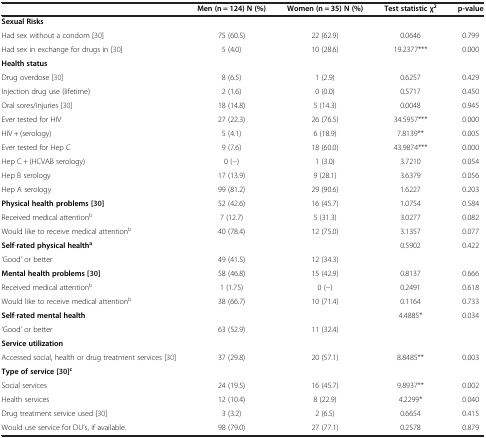
<table><thead><tr><td></td><td><b>Men(n = 124)N (%)</b></td><td><b>Women(n = 35)N (%)</b></td><td><b>Test statistic χ<sup>2</sup></b></td><td><b>p-value</b></td></tr></thead><tbody><tr><td><b>Sexual Risks</b></td><td></td><td></td><td></td><td></td></tr><tr><td>Had sex without a condom [30]</td><td>75 (60.5)</td><td>22 (62.9)</td><td>0.0646</td><td>0.799</td></tr><tr><td>Had sex in exchange for drugs in [30]</td><td>5 (4.0)</td><td>10 (28.6)</td><td>19.2377***</td><td>0.000</td></tr><tr><td><b>Health status</b></td><td></td><td></td><td></td><td></td></tr><tr><td>Drug overdose [30]</td><td>8 (6.5)</td><td>1 (2.9)</td><td>0.6257</td><td>0.429</td></tr><tr><td>Injection drug use (lifetime)</td><td>2 (1.6)</td><td>0 (0.0)</td><td>0.5717</td><td>0.450</td></tr><tr><td>Oral sores/injuries [30]</td><td>18 (14.8)</td><td>5 (14.3)</td><td>0.0048</td><td>0.945</td></tr><tr><td>Ever tested for HIV</td><td>27 (22.3)</td><td>26 (76.5)</td><td>34.5957***</td><td>0.000</td></tr><tr><td>HIV + (serology)</td><td>5 (4.1)</td><td>6 (18.9)</td><td>7.8139**</td><td>0.005</td></tr><tr><td>Ever tested for Hep C</td><td>9 (7.6)</td><td>18 (60.0)</td><td>43.9874***</td><td>0.000</td></tr><tr><td>Hep C + (HCVAB serology)</td><td>0 (−)</td><td>1 (3.0)</td><td>3.7210</td><td>0.054</td></tr><tr><td>Hep B serology</td><td>17 (13.9)</td><td>9 (28.1)</td><td>3.6379</td><td>0.056</td></tr><tr><td>Hep A serology</td><td>99 (81.2)</td><td>29 (90.6)</td><td>1.6227</td><td>0.203</td></tr><tr><td><b>Physical health problems [</b>30<b>]</b></td><td>52 (42.6)</td><td>16 (45.7)</td><td>1.0754</td><td>0.584</td></tr><tr><td>Received medical attention<sup>b</sup></td><td>7 (12.7)</td><td>5 (31.3)</td><td>3.0277</td><td>0.082</td></tr><tr><td>Would like to receive medical attention<sup>b</sup></td><td>40 (78.4)</td><td>12 (75.0)</td><td>3.1357</td><td>0.077</td></tr><tr><td><b>Self</b>-<b>rated physical health</b><sup><b>a</b></sup></td><td></td><td></td><td>0.5902</td><td>0.422</td></tr><tr><td>‘Good’ or better</td><td>49 (41.5)</td><td>12 (34.3)</td><td></td><td></td></tr><tr><td><b>Mental health problems [</b>30<b>]</b></td><td>58 (46.8)</td><td>15 (42.9)</td><td>0.8137</td><td>0.666</td></tr><tr><td>Received medical attention<sup>b</sup></td><td>1 (1.75)</td><td>0 (−)</td><td>0.2491</td><td>0.618</td></tr><tr><td>Would like to receive medical attention<sup>b</sup></td><td>38 (66.7)</td><td>10 (71.4)</td><td>0.1164</td><td>0.733</td></tr><tr><td><b>Self</b>-<b>rated mental health</b></td><td></td><td></td><td>4.4885*</td><td>0.034</td></tr><tr><td>‘Good’ or better</td><td>63 (52.9)</td><td>11 (32.4)</td><td></td><td></td></tr><tr><td><b>Service utilization</b></td><td></td><td></td><td></td><td></td></tr><tr><td>Accessed social, health or drug treatment services [30]</td><td>37 (29.8)</td><td>20 (57.1)</td><td>8.8485**</td><td>0.003</td></tr><tr><td><b>Type of service</b><b>[</b>30<b>]</b><sup><b>c</b></sup></td><td></td><td></td><td></td><td></td></tr><tr><td>Social services</td><td>24 (19.5)</td><td>16 (45.7)</td><td>9.8937**</td><td>0.002</td></tr><tr><td>Health services</td><td>12 (10.4)</td><td>8 (22.9)</td><td>4.2299*</td><td>0.040</td></tr><tr><td>Drug treatment service used [30]</td><td>3 (3.2)</td><td>2 (6.5)</td><td>0.6654</td><td>0.415</td></tr><tr><td>Would use service for DU’s, if available.</td><td>98 (79.0)</td><td>27 (77.1)</td><td>0.2578</td><td>0.879</td></tr></tbody></table>